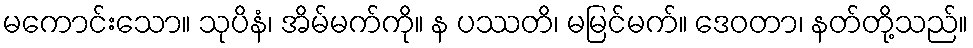
မကောင်းသော။ သုပိနံ၊ အိမ်မက်ကို။ န ပဿတိ၊ မမြင်မက်။ ဒေဝတာ၊ နတ်တို့သည်။